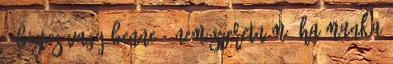
- Biztos vagy benne ? Nem szeretném, ha munka